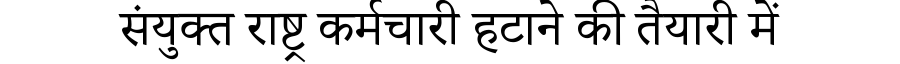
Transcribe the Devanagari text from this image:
संयुक्त राष्ट्र कर्मचारी हटाने की तैयारी में